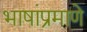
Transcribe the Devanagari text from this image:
भाषांप्रमाणे